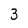
Character: 3